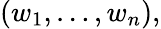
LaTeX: (w_{1},\ldots,w_{n}),